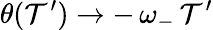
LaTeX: \theta(\mathcal{T}^{\prime})\rightarrow-\, \omega_{-}\, \mathcal{T}^{\prime}